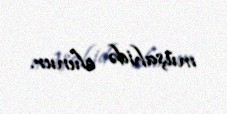
müşahidə olunur.